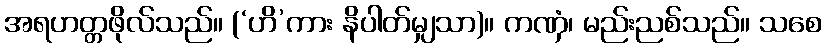
အရဟတ္တဖိုလ်သည်။ (‘ဟိ’ကား နိပါတ်မျှသာ)။ ကဏှံ၊ မည်းညစ်သည်။ သစေ